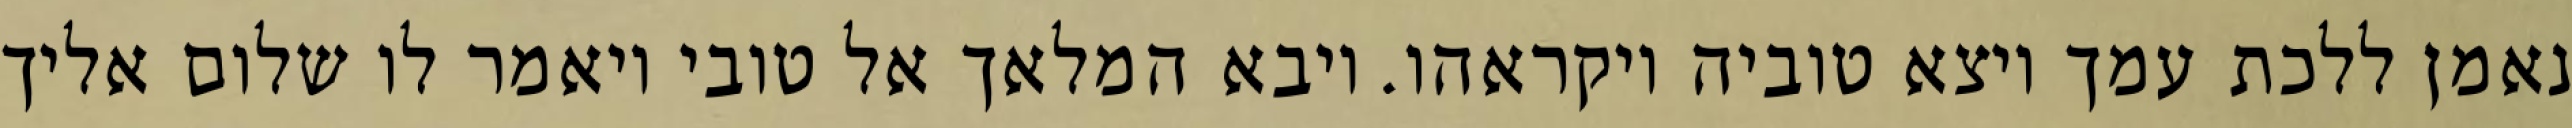
נאמן ללכת עמך ויצא טוביה ויקראהו. ויבא המלאך אל טובי ויאמר לו שלום אליך